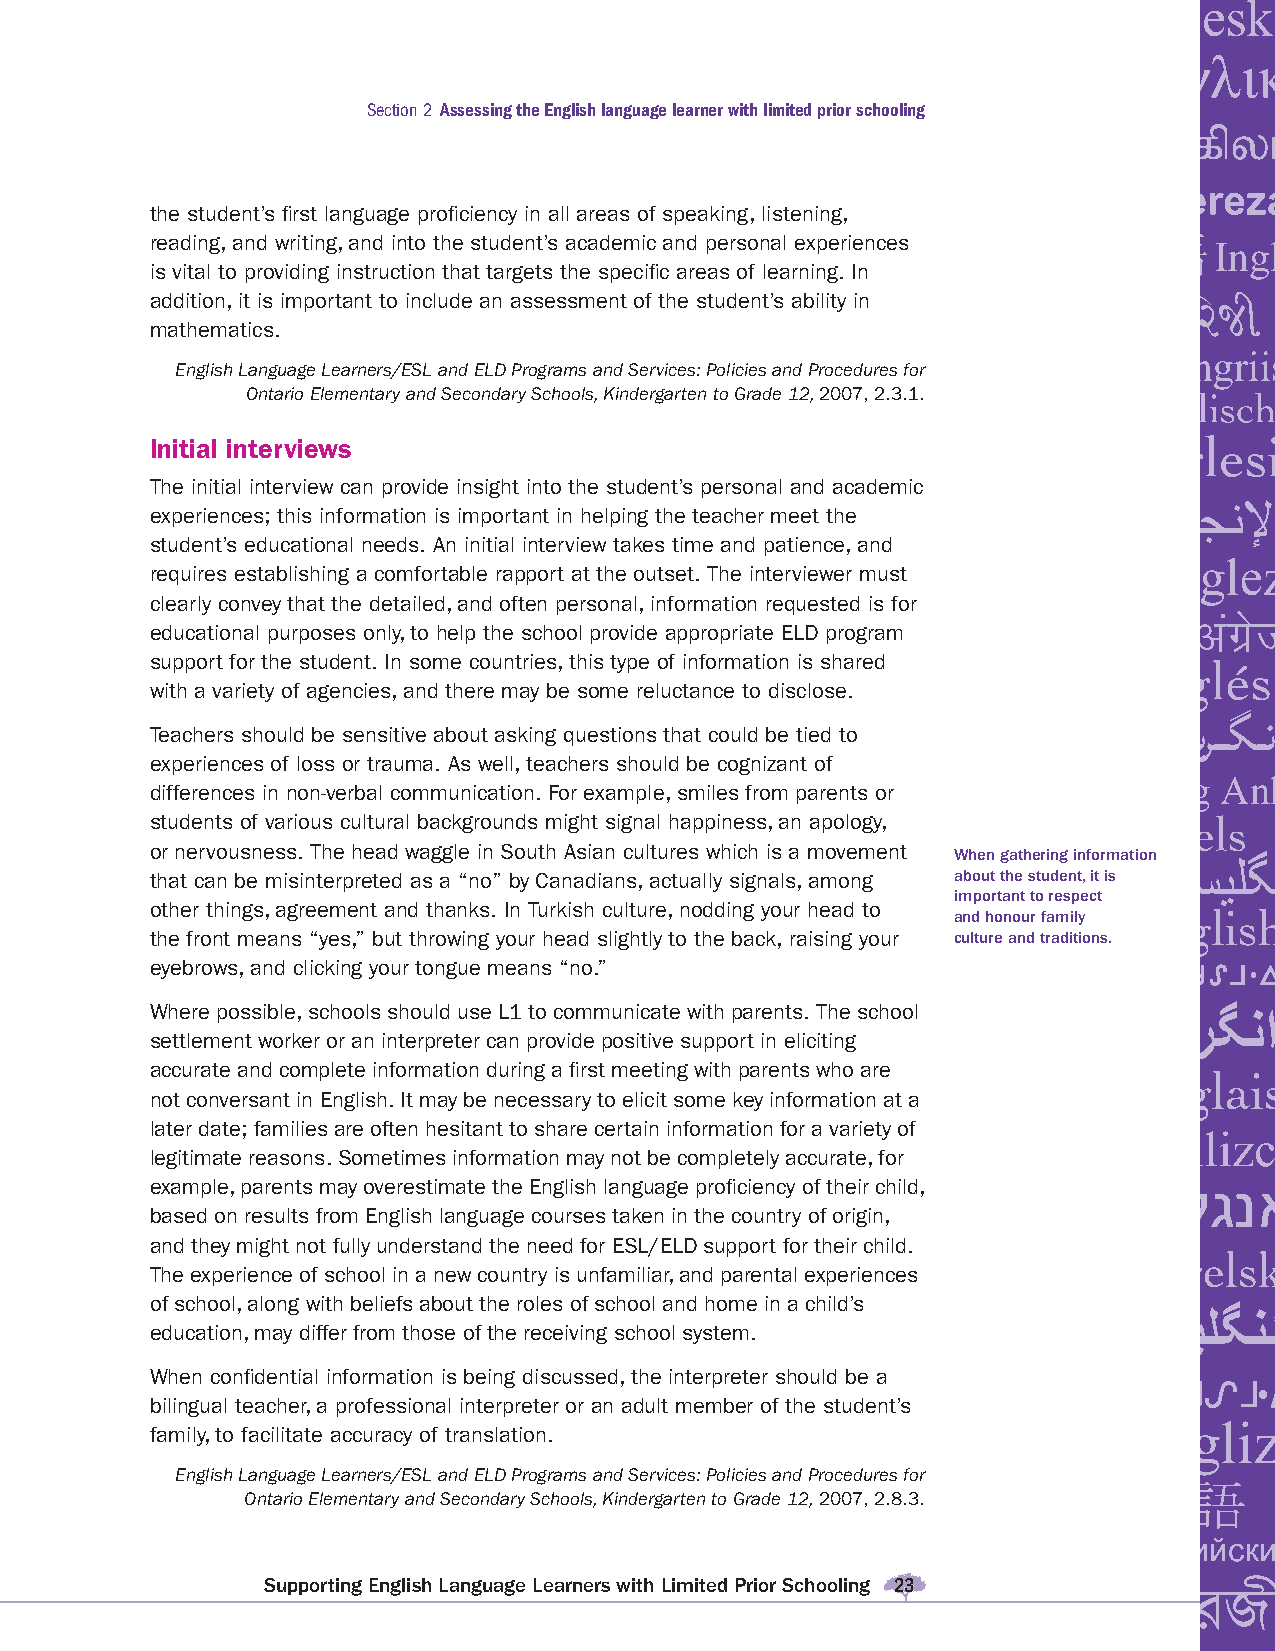
Section 2 Assessing the English language learner with limited prior schooling
 the student’s fi rst language profi ciency in all areas of speaking, listening,
 reading, and writing, and into the student’s academic and personal experiences
 is vital to providing instruction that targets the specifi c areas of learning. In
 addition, it is important to include an assessment of the student’s ability in
 mathematics.
 English Language Learners/ESL and ELD Programs and Services: Policies and Procedures for
 Ontario Elementary and Secondary Schools, Kindergarten to Grade 12, 2007, 2.3.1.
 Initial interviews
 The initial interview can provide insight into the student’s personal and academic
 experiences; this information is important in helping the teacher meet the
 student’s educational needs. An initial interview takes time and patience, and
 requires establishing a comfortable rapport at the outset. The interviewer must
 clearly convey that the detailed, and often personal, information requested is for
 educational purposes only, to help the school provide appropriate ELD program
 support for the student. In some countries, this type of information is shared
 with a variety of agencies, and there may be some reluctance to disclose.
 Teachers should be sensitive about asking questions that could be tied to
 experiences of loss or trauma. As well, teachers should be cognizant of
 differences in non-verbal communication. For example, smiles from parents or
 students of various cultural backgrounds might signal happiness, an apology,
 or nervousness. The head waggle in South Asian cultures which is a movement When gathering information
 that can be misinterpreted as a “no” by Canadians, actually signals, among about the student, it is
 important to respect
 other things, agreement and thanks. In Turkish culture, nodding your head to
 and honour family
 the front means “yes,” but throwing your head slightly to the back, raising your culture and traditions.
 eyebrows, and clicking your tongue means “no.”
 Where possible, schools should use L1 to communicate with parents. The school
 settlement worker or an interpreter can provide positive support in eliciting
 accurate and complete information during a fi rst meeting with parents who are
 not conversant in English. It may be necessary to elicit some key information at a
 later date; families are often hesitant to share certain information for a variety of
 legitimate reasons. Sometimes information may not be completely accurate, for
 example, parents may overestimate the English language profi ciency of their child,
 based on results from English language courses taken in the country of origin,
 and they might not fully understand the need for ESL/ELD support for their child.
 The experience of school in a new country is unfamiliar, and parental experiences
 of school, along with beliefs about the roles of school and home in a child’s
 education, may differ from those of the receiving school system.
 When confi dential information is being discussed, the interpreter should be a
 bilingual teacher, a professional interpreter or an adult member of the student’s
 family, to facilitate accuracy of translation.
 English Language Learners/ESL and ELD Programs and Services: Policies and Procedures for
 Ontario Elementary and Secondary Schools, Kindergarten to Grade 12, 2007, 2.8.3.
 Supporting English Language Learners with Limited Prior Schooling 23